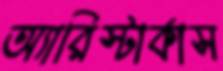
অ্যারিস্টার্কাস